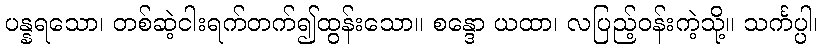
ပန္နရသော၊ တစ်ဆဲ့ငါးရက်တက်၍ထွန်းသော။ စန္ဒော ယထာ၊ လပြည့်ဝန်းကဲ့သို့။ သင်္ကပ္ပါ၊